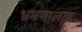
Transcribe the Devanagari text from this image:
भ्रमणालाच